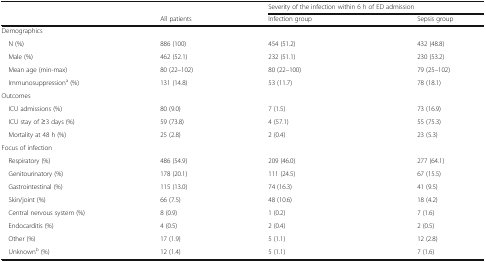
|  |  | <COLSPAN=2> Severity of the infection within 6 h of ED admission |
 |  | All patients | Infection group | Sepsis group |
 | --- | --- | --- | --- |
 | <COLSPAN=4> Demographics |
 | N (%) | 886 (100) | 454 (51.2) | 432 (48.8) |
 | Male (%) | 462 (52.1) | 232 (51.1) | 230 (53.2) |
 | Mean age (min-max) | 80 (22–102) | 80 (22–100) | 79 (25–102) |
 | Immunosuppressiona (%) | 131 (14.8) | 53 (11.7) | 78 (18.1) |
 | <COLSPAN=4> Outcomes |
 | ICU admissions (%) | 80 (9.0) | 7 (1.5) | 73 (16.9) |
 | ICU stay of ≥3 days (%) | 59 (73.8) | 4 (57.1) | 55 (75.3) |
 | Mortality at 48 h (%) | 25 (2.8) | 2 (0.4) | 23 (5.3) |
 | <COLSPAN=4> Focus of infection |
 | Respiratory (%) | 486 (54.9) | 209 (46.0) | 277 (64.1) |
 | Genitourinatory (%) | 178 (20.1) | 111 (24.5) | 67 (15.5) |
 | Gastrointestinal (%) | 115 (13.0) | 74 (16.3) | 41 (9.5) |
 | Skin/joint (%) | 66 (7.5) | 48 (10.6) | 18 (4.2) |
 | Central nervous system (%) | 8 (0.9) | 1 (0.2) | 7 (1.6) |
 | Endocarditis (%) | 4 (0.5) | 2 (0.4) | 2 (0.5) |
 | Other (%) | 17 (1.9) | 5 (1.1) | 12 (2.8) |
 | Unknownb (%) | 12 (1.4) | 5 (1.1) | 7 (1.6) |